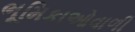
ભૂમિકાઓવાળી